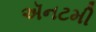
ઍનટમી